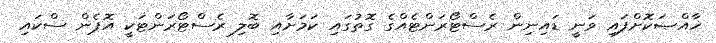
ޚާއްޞަކޮށްފައި ވަނީ ޑައިނިން ރެސްޓޯރަންޓެއްގެ ގޮތުގައި ކަމަށާއި ބޮލި ރެސްޓޯރަންޓަކީ އޮޕެން ސްކައި